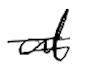
Text: at
Cross-out: double-line
Writing tool: digital_black